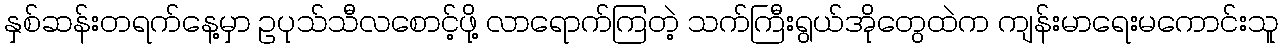
နှစ်ဆန်းတရက်နေ့မှာ ဥပုသ်သီလစောင့်ဖို့ လာရောက်ကြတဲ့ သက်ကြီးရွယ်အိုတွေထဲက ကျန်းမာရေးမကောင်းသူ